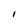
Character: l